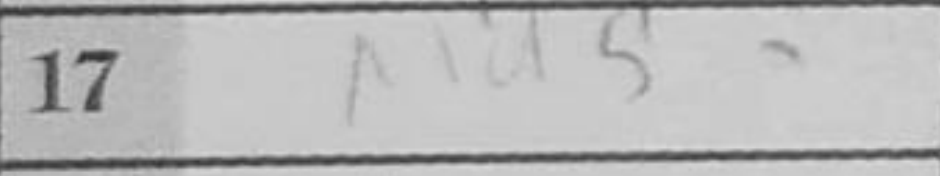
Transcription: Nd5